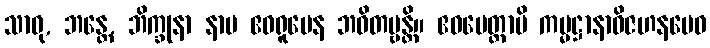
သာဓု, ဘန္တေ, ဘိက္ခုနာ နာမ ဧဝရူပေန ဘဝိတဗ္ဗန္တိ။ ဧဝမေတ္ထာပိ ကမ္မဋ္ဌာနာဝိဇဟနမေဝ